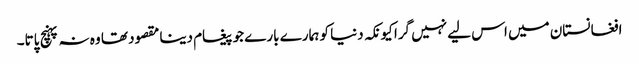
افغانستان میں اس لیے نہیں گرا کیونکہ دنیا کو ہمارے بارے جو پیغام دینا مقصود تھا وہ نہ پہنچ پاتا۔